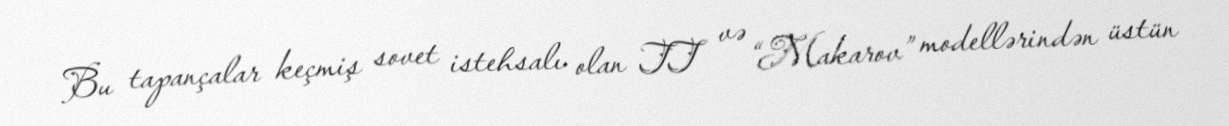
Bu tapançalar keçmiş sovet istehsalı olan TT və “Makarov” modellərindən üstün